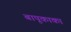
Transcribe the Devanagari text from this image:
बापूकाका